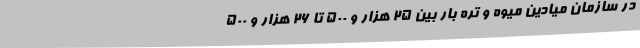
در سازمان میادین میوه و تره بار بین ۲۵ هزار و ۵۰۰ تا ۲۶ هزار و ۵۰۰